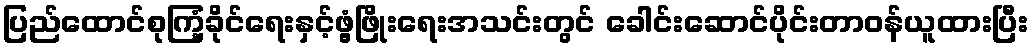
ပြည်ထောင်စုကြံ့ခိုင်ရေးနှင့်ဖွံ့ဖြိုးရေးအသင်းတွင် ခေါင်းဆောင်ပိုင်းတာဝန်ယူထားပြီး